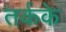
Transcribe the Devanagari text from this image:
तर्कके